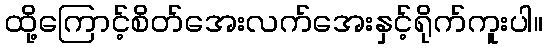
ထို့ကြောင့်စိတ်အေးလက်အေးနှင့်ရိုက်ကူးပါ။